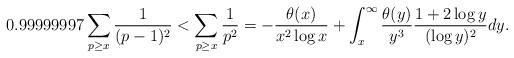
LaTeX: \begin{align*} 0.99999997 \sum_{p \geq x}\frac{1}{(p-1)^2} < \sum_{p \geq x} \frac{1}{p^2} = -\frac{\theta(x)}{x^2 \log x} + \int_x^\infty \frac{\theta(y)}{y^3} \frac{1 + 2 \log y}{(\log y)^2} dy.\end{align*}